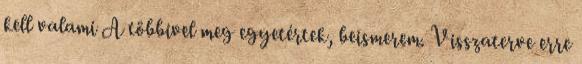
kell valami A többivel meg egyetértek, beismerem. Visszaterve erre